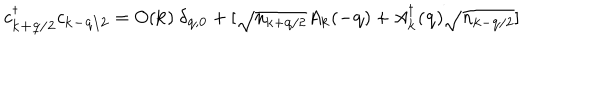
LaTeX: c _ { { \bf { k + q / 2 } } } ^ { \dagger } c _ { { \bf { k - q / 2 } } } = O ( { \bf { k } } ) \mathrm { ~ } \delta _ { { \bf { q } } , { \bf { 0 } } } + [ \sqrt { n _ { { \bf { k } } + { \bf { q } } / 2 } } A _ { { \bf { k } } } ( - { \bf { q } } ) + A _ { { \bf { k } } } ^ { \dagger } ( { \bf { q } } ) \sqrt { n _ { { \bf { k } } - { \bf { q } } / 2 } } ]